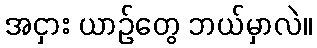
အငှား ယာဉ်တွေ ဘယ်မှာလဲ။